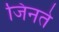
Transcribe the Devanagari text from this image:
जिनते